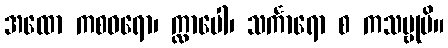
အထော ကစဝရော၊ က္လာပေါ၊ သင်္ကာရော စ ကသမ္ဗုပိ။